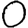
Digit: 0